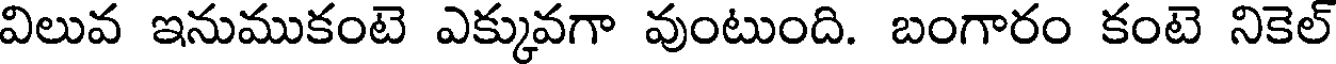
విలువ ఇనుముకంటె ఎక్కువగా వుంటుంది. బంగారం కంటె నికెల్